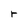
Character: r